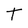
Character: T